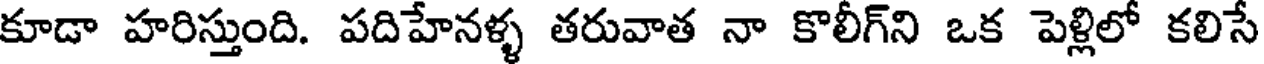
కూడా హరిస్తుంది. పదిహేనళ్ళ తరువాత నా కొలీగ్ని ఒక పెళ్లిలో కలిసే